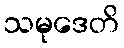
သမုဒေတိ